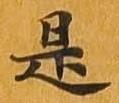
是